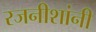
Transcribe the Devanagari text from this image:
रजनीशांनी